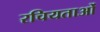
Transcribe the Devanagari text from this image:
रचियताओं